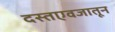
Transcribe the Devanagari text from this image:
दस्तएवजातून